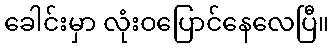
ခေါင်းမှာ လုံးဝပြောင်နေလေပြီ။